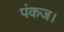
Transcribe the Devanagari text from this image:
पंकज।